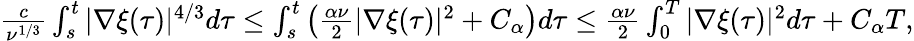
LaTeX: \begin{array}{r}{\frac{c}{\nu^{1/3}}\int_{s}^{t}|\nabla\xi(\tau)|^{4/3}d\tau\leq\int_{s}^{t}\left(\frac{\alpha\nu}{2}|\nabla\xi(\tau)|^{2}+C_{\alpha}\right)d\tau\leq\frac{\alpha\nu}{2}\int_{0}^{T}|\nabla\xi(\tau)|^{2}d\tau+C_{\alpha}T,}\end{array}